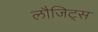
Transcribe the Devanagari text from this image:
लौजिट्स